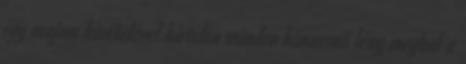
egy majom kivételével hirtelen minden hímnemű lény meghal a